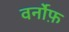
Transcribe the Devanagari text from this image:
वर्नोफ़